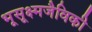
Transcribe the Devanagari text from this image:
भूसूक्ष्मजैविकी